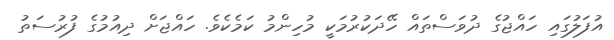
އުފަލުގައި ހައްޖުގެ ދުވަސްތައް ހޭދަކުރުމަކީ މުހިންމު ކަމެކެވެ. ހައްޖަށް ދިއުމުގެ ފުރުސަތު